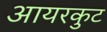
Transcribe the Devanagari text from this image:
आयरकुट